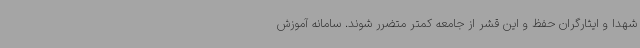
شهدا و ایثارگران حفظ و این قشر از جامعه کمتر متضرر شوند. سامانه آموزش